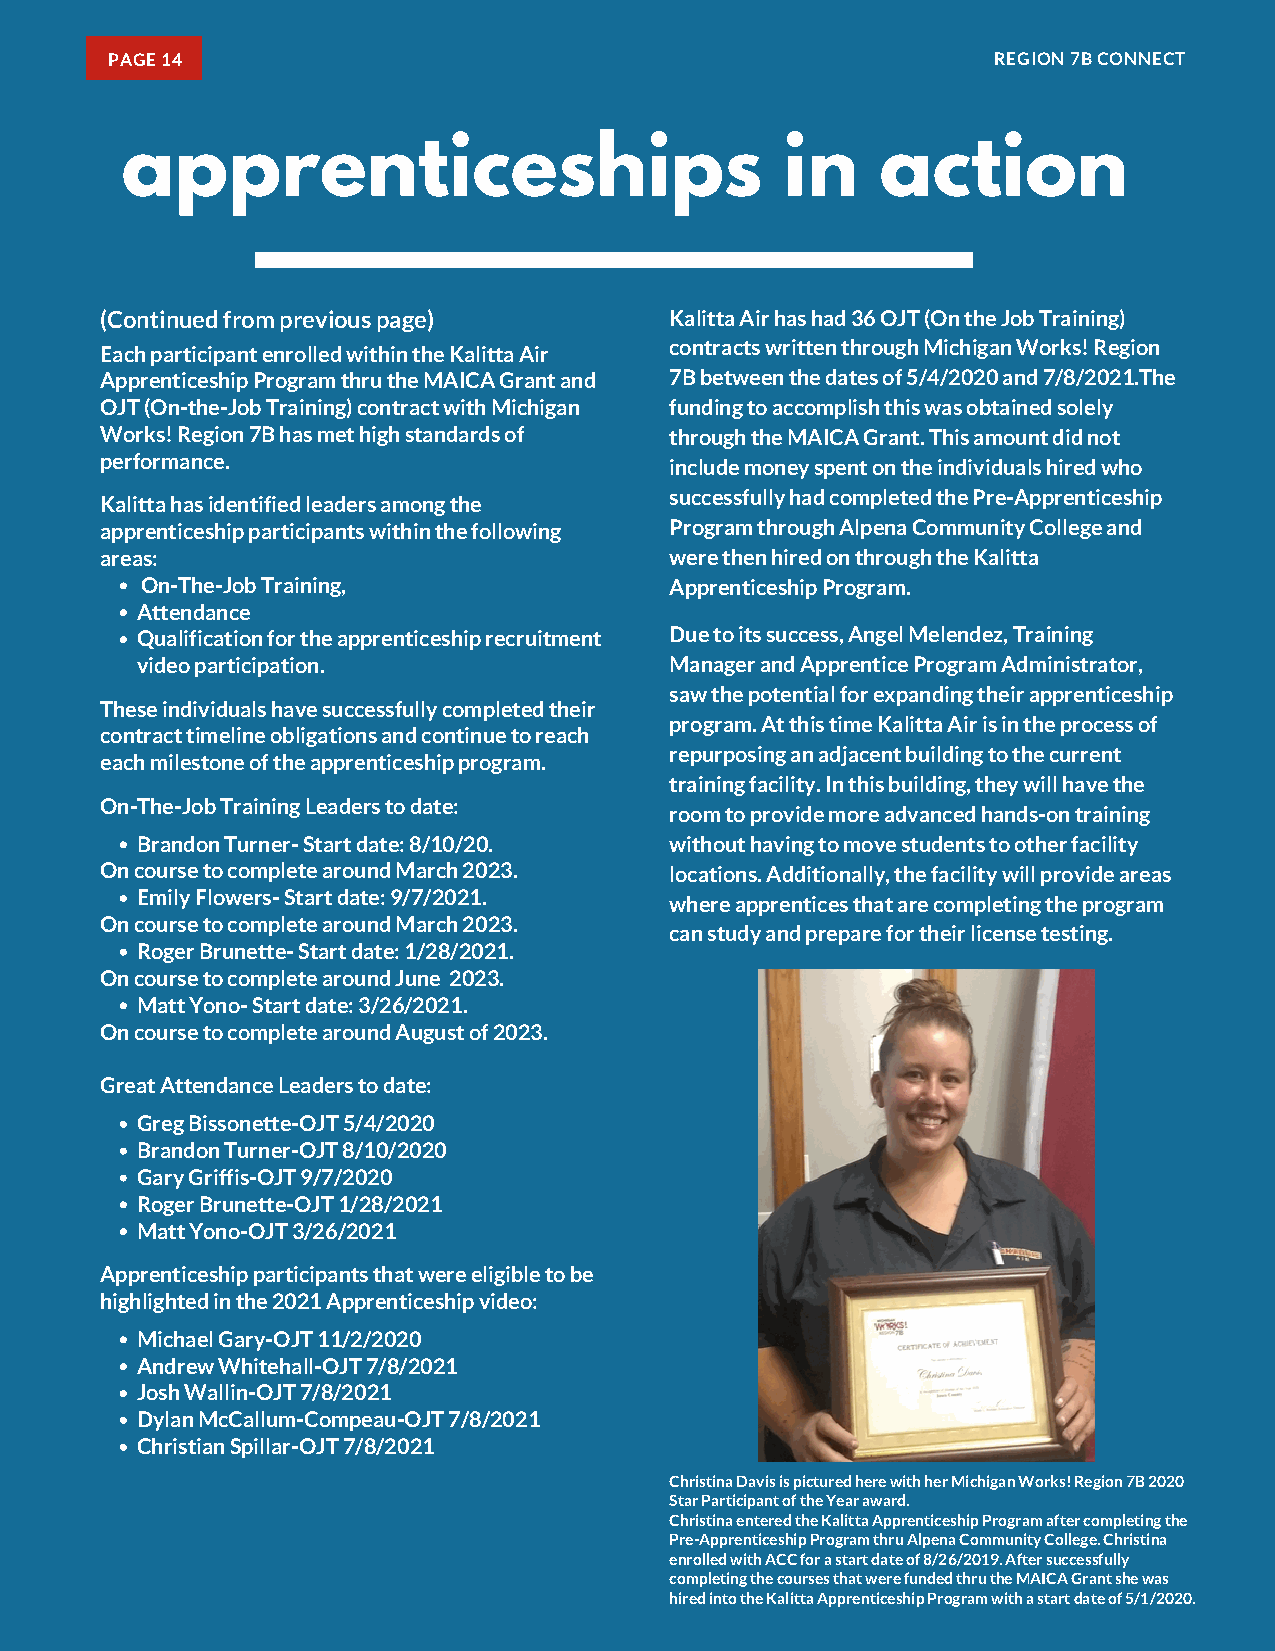
PAGE 14                                                    REGION 7B CONNECT
 apprenticeships                             in    action
 (Continued from previous page)       Kalitta Air has had 36 OJT (On the Job Training)
 Each participant enrolled within the Kalitta Air contracts written through Michigan Works! Region
 Apprenticeship Program thru the MAICA Grant and 7B between the dates of 5/4/2020 and 7/8/2021.The
 OJT (On-the-Job Training) contract with Michigan funding to accomplish this was obtained solely
 Works! Region 7B has met high standards of through the MAICA Grant. This amount did not
 performance.                         include money spent on the individuals hired who
 successfully had completed the Pre-Apprenticeship
 Kalitta has identified leaders among the
 apprenticeship participants within the following Program through Alpena Community College and
 areas:                               were then hired on through the Kalitta
 On-The-Job Training,               Apprenticeship Program.
 Attendance
 Qualification for the apprenticeship recruitment Due to its success, Angel Melendez, Training
 video participation.               Manager and Apprentice Program Administrator,
 saw the potential for expanding their apprenticeship
 These individuals have successfully completed their
 program. At this time Kalitta Air is in the process of
 contract timeline obligations and continue to reach
 repurposing an adjacent building to the current
 each milestone of the apprenticeship program.
 training facility. In this building, they will have the
 On-The-Job Training Leaders to date:
 room to provide more advanced hands-on training
 Brandon Turner- Start date: 8/10/20. without having to move students to other facility
 On course to complete around March 2023. locations. Additionally, the facility will provide areas
 Emily Flowers- Start date: 9/7/2021. where apprentices that are completing the program
 On course to complete around March 2023.
 can study and prepare for their license testing.
 Roger Brunette- Start date: 1/28/2021.
 On course to complete around June 2023.
 Matt Yono- Start date: 3/26/2021.
 On course to complete around August of 2023.
 Great Attendance Leaders to date:
 Greg Bissonette-OJT 5/4/2020
 Brandon Turner-OJT 8/10/2020
 Gary Griffis-OJT 9/7/2020
 Roger Brunette-OJT 1/28/2021
 Matt Yono-OJT 3/26/2021
 Apprenticeship participants that were eligible to be
 highlighted in the 2021 Apprenticeship video:
 Michael Gary-OJT 11/2/2020
 Andrew Whitehall-OJT 7/8/2021
 Josh Wallin-OJT 7/8/2021
 Dylan McCallum-Compeau-OJT 7/8/2021
 Christian Spillar-OJT 7/8/2021
 Christina Davis is pictured here with her Michigan Works! Region 7B 2020
 Star Participant of the Year award.
 Christina entered the Kalitta Apprenticeship Program after completing the
 Pre-Apprenticeship Program thru Alpena Community College. Christina
 enrolled with ACC for a start date of 8/26/2019. After successfully
 completing the courses that were funded thru the MAICA Grant she was
 hired into the Kalitta Apprenticeship Program with a start date of 5/1/2020.